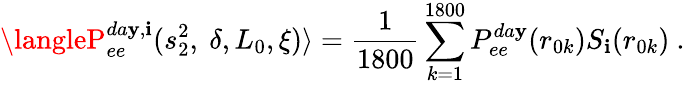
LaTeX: \langleP_{ee}^{da\mathbf{y},\mathbf{i}}(s_{2}^{2},~\delta,L_{0},\xi)\rangle=\frac{{1}}{{1800}}\sum_{k=1}^{1800}P_{ee}^{da\mathbf{y}}(r_{0k})S_{\mathbf{i}}(r_{0k})~.